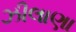
ઝીલાણા